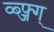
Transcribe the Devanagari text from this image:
व्ब्फ्ज्ग्